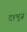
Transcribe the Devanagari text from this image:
दश्भूज